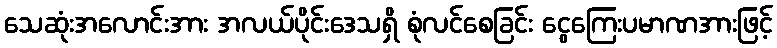
သေဆုံးအလောင်းအား အလယ်ပိုင်းဒေသရှိ စုံလင်စေခြင်း ငွေကြေးပမာဏအားဖြင့်